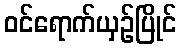
ဝင်ရောက်ယှဉ်ပြိုင်